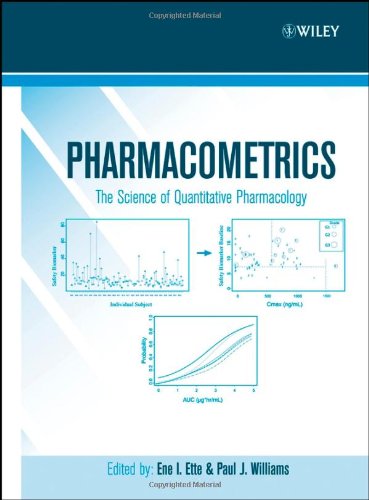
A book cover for Pharmacometrics: The Science of Quantitative Pharmacology; Science & Math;